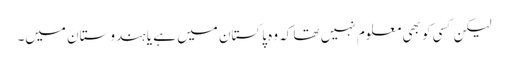
لیکن کسی کو بھی معلوم نہیں تھا کہ وہ پاکستان میں ہے یا ہندوستان میں۔